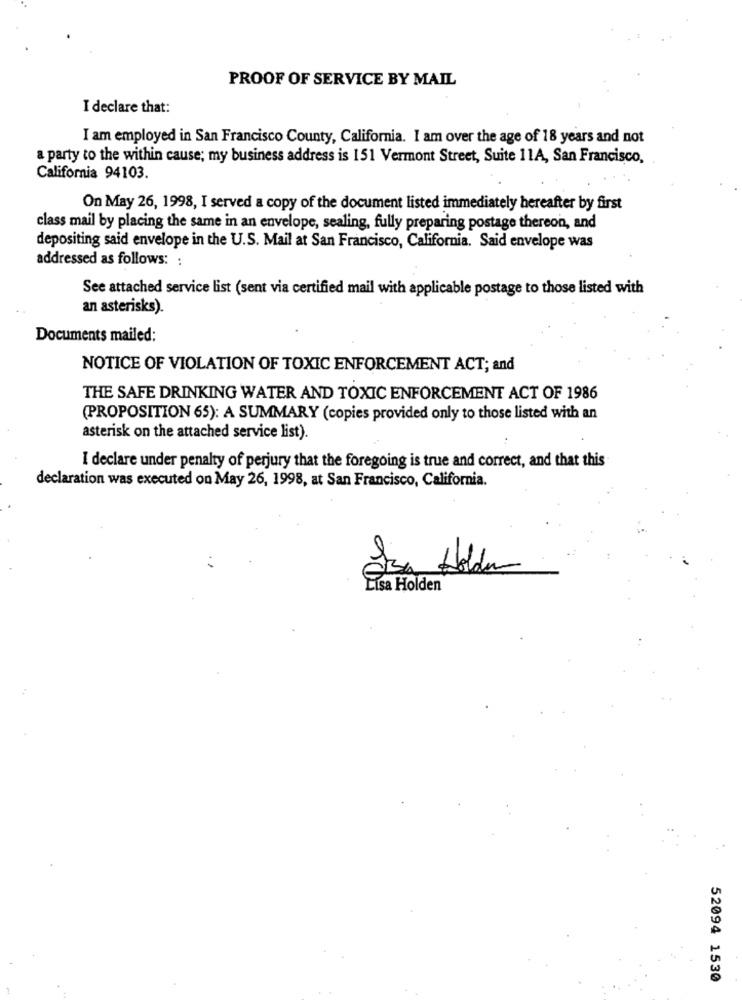
PROOF OF SERVICE BY MAIL
I declare that:
I am employed in San Francisco County, California. I am over the age of 18 years and not
a party to the within cause; my business address is 151 Vermont Street, Suite 11A, San Francisco,
California 94103.
On May 26, 1998, I served a copy of the document listed immediately hereafter by first
class mail by placing the same in an envelope, sealing, fully preparing postage thereon, and
depositing said envelope in the U.S. Mail at San Francisco, California. Said envelope was
addressed as follows: :
See attached service list (sent via certified mail with applicable postage to those listed with
an asterisks).
Documents mailed:
NOTICE OF VIOLATION OF TOXIC ENFORCEMENT ACT; and
THE SAFE DRINKING WATER AND TOXIC ENFORCEMENT ACT OF 1986
(PROPOSITION 65): A SUMMARY (copies provided only to those listed with an
asterisk on the attached service list).
I declare under penalty of perjury that the foregoing is true and correct, and that this
declaration was executed on May 26, 1998, at San Francisco, California.
Isa Holder
Lisa Holden
52094 1530